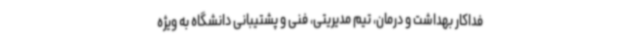
فداکار بهداشت و درمان، تیم مدیریتی، فنی و پشتیبانی دانشگاه به ویژه